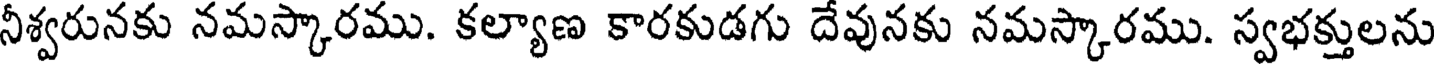
నీశ్వరునకు నమస్కారము. కల్యాణ కారకుడగు దేవునకు నమస్కారము. స్వభక్తులను